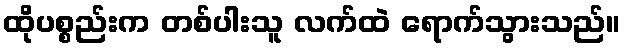
ထိုပစ္စည်းက တစ်ပါးသူ လက်ထဲ ရောက်သွားသည်။